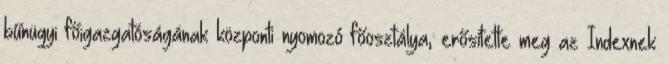
bűnügyi főigazgatóságának központi nyomozó főosztálya, erősítette meg az Indexnek